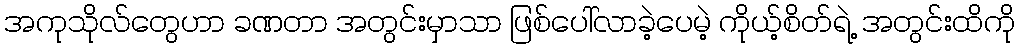
အကုသိုလ်တွေဟာ ခဏတာ အတွင်းမှာသာ ဖြစ်ပေါ်လာခဲ့ပေမဲ့ ကိုယ့်စိတ်ရဲ့ အတွင်းထိကို